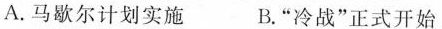
A.马歇尔计划实施 B.”冷战”正式开始